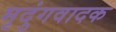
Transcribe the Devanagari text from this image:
मृदुंगवादक